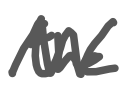
Text: the
Cross-out: zig-zag
Writing tool: digital_gray